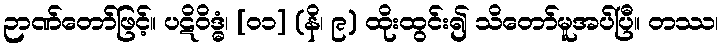
ဉာဏ်တော်ဖြင့်။ ပဋိဝိဒ္ဓံ၊ [၀၁] (နိ၊ ၉) ထိုးထွင်း၍ သိတော်မူအပ်ပြီ။ တဿ၊